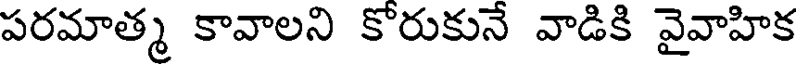
పరమాత్మ కావాలని కోరుకునే వాడికి వైవాహిక